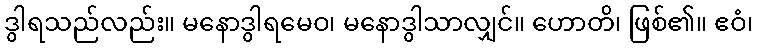
ဒွါရသည်လည်း။ မနောဒွါရမေဝ၊ မနောဒွါသာလျှင်။ ဟောတိ၊ ဖြစ်၏။ ဧဝံ၊